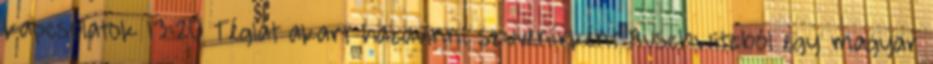
kapcsolatok 13:20 Téglát akart hazavinni szuvenírként Auschwitzból egy magyar